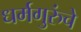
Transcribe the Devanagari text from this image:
धर्मगुरुंचे